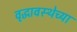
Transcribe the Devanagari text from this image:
वृद्धावस्थेच्या